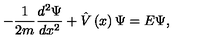
- \frac 1 { 2 m } \frac { d ^ { 2 } \Psi } { d x ^ { 2 } } + \hat { V } \left( x \right) \Psi = E \Psi ,